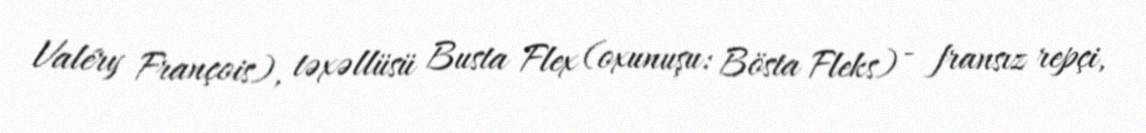
Valéry François), təxəllüsü Busta Flex (oxunuşu: Bösta Fleks) - fransız repçi,